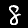
Digit: 8